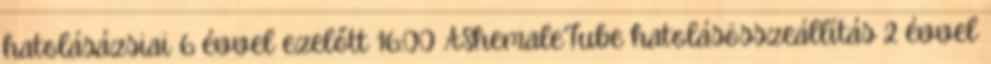
hatolásázsiai 6 évvel ezelőtt 16:00 AShemaleTube hatolásösszeállítás 2 évvel